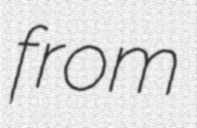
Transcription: from